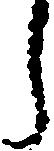
う